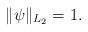
LaTeX: \begin{align*}\|\psi\|_{L_2}=1.\end{align*}